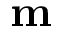
{ \bf m }